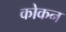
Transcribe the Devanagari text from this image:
कोकन